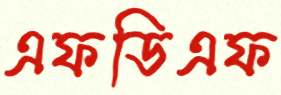
এফডিএফ